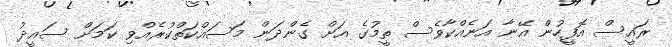
ރައީސް އޮފީހުން އޭނާ އަނެއްކާވެސް ތީމުގެ އަށް ގެންދަން މަސައްކަތްކުރެއްވި ކަމަށް ސައީދު